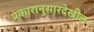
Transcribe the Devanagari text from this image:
प्रकारानुसारदेखील